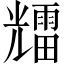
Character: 𱏰